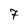
Character: 7